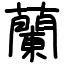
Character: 蘭